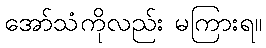
အော်သံကိုလည်း မကြားရ။